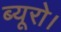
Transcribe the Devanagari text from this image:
ब्यूरो।